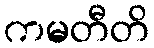
ကမတီတိ